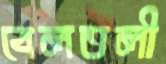
বেলতলী